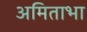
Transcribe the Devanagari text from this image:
अमिताभा